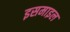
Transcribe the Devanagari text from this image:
इसमाइल